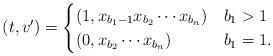
LaTeX: \begin{align*}(t,v')=\begin{cases}(1,x_{b_{1}-1}x_{b_{2}}\cdots x_{b_{n}}) & b_{1}>1\\(0,x_{b_{2}}\cdots x_{b_{n}}) & b_{1}=1.\end{cases}\end{align*}